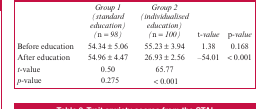
|  | Group 1 (standard education) (n = 98) | Group 2 (individualised education) (n = 100) | t-value | p-value |
 | --- | --- | --- | --- | --- |
 | Before education | 54.34 ± 5.06 | 55.23 ± 3.94 | 1.38 | 0.168 |
 | After education | 54.96 ± 4.47 | 26.93 ± 2.56 | –54.01 | < 0.001 |
 | t-value | 0.50 | 65.77 |  |  |
 | p-value | 0.275 | < 0.001 |  |  |